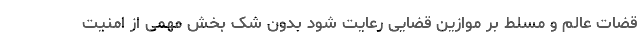
قضات عالم و مسلط بر موازین قضایی رعایت شود بدون شک بخش مهمی از امنیت